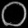
Digit: ၀